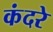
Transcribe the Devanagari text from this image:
कंदरे